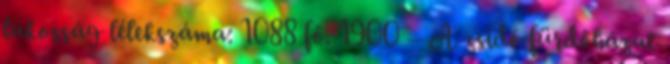
lakosság lélekszáma: 1088 fő. 1900 – A zsidó fürdőházat